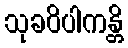
သုခဝိပါကန္တိ